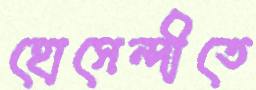
হোসেন্দীতে